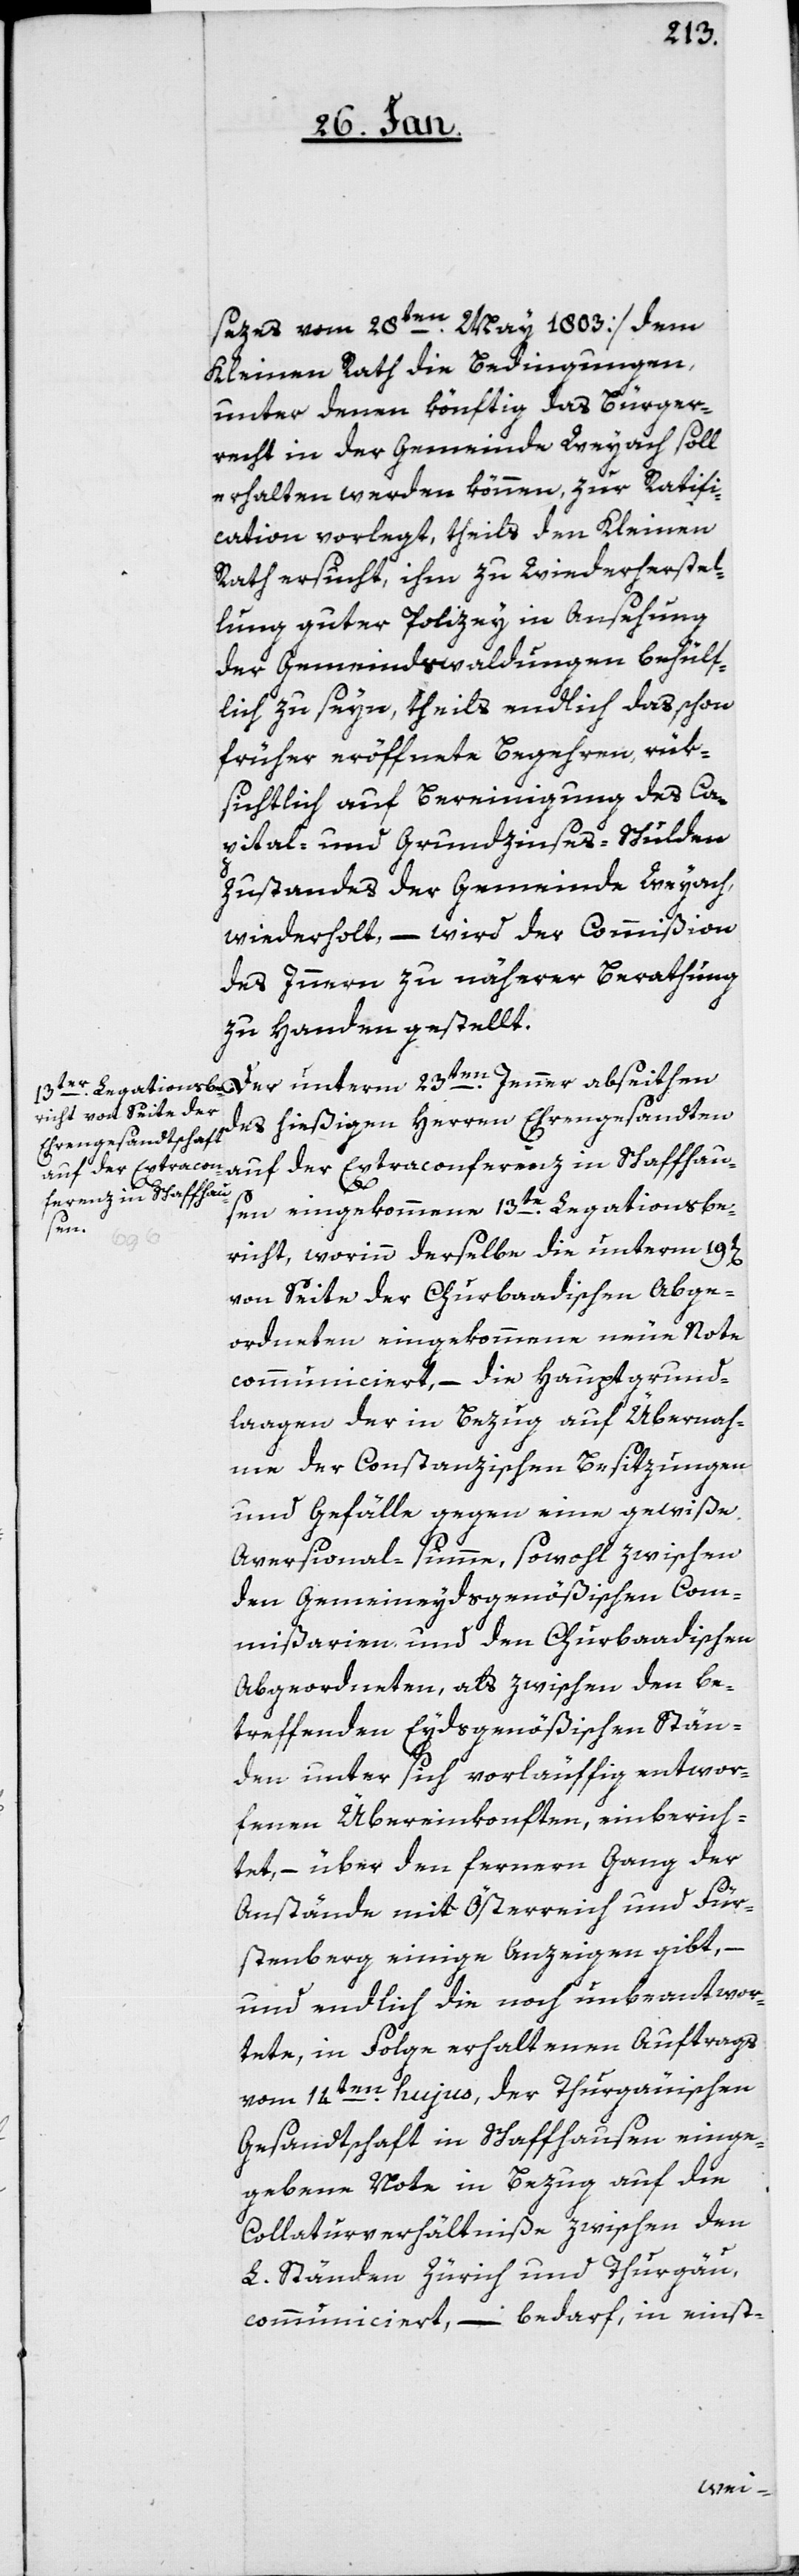
sezes vom 28ten. May 1803] dem
Kleinen Rath die Bedingungen,
unter denen könftig das Bürger¬
recht in der Gemeinde Weyach soll
erhalten werden können, zur Ratifi¬
cation vorlegt, theils den Kleinen
Rath ersucht, ihm zu Wiederherstel¬
lung guter Polizey in Ansehung
der Gemeindswaldungen behülf¬
lich zu seyn, theils endlich das schon
früher eröffnete Begehren, rük¬
sichtlich auf Bereinigung des Ca¬
pital- und Grundzinses-Schulden-Z¬
ustandes der Gemeinde Weyach,
wiederholt, – wird der Commißion
des Innern zu näherer Berathung
zu Handen gestellt.
des hießigen Herren Ehrengesandten
auf der Extraconferenz in Schaffhau¬
sen eingekommene 13te. Legationsbe¬
n].
richt, worinn derselbe die unterm 19t[e¬
von Seite der Churbaadischen Abge¬
ordneten eingekommene neue Note
communiciert, – die Hauptgrund¬
laagen der in Bezug auf Übernah¬
me der Constanzischen Besitzungen
und Gefälle gegen eine gewiße
Aversional-summe, sowohl zwischen
den Gemeineydsgenößischen Com¬
mißarien und den Churbaadischen
Abgeordneten, als zwischen den be¬
treffenden Eydsgenößischen Stän¬
den unter sich vorläuffig entwor¬
fenen Übereinkonften, einberich¬
tet, – über den ferneren Gang der
Anstände mit Österreich und Für¬
stenberg einige Anzeigen gibt,
und endlich die noch unbeantwor¬
tete, in Folge erhaltenen Auftrags
vom 14ten. hujus, der Thurgäuischen
Gesandtschaft in Schaffhausen einge¬
gebene Note in Bezug auf die
Collaturverhältniße zwischen den
L. Ständen Zürich und Thurgäu,
communiciert, – bedarf, in einst-